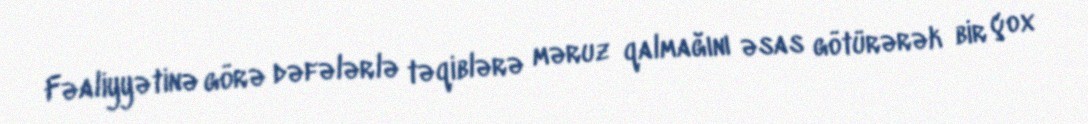
Fəaliyyətinə görə dəfələrlə təqiblərə məruz qalmağını əsas götürərək bir çox